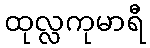
ထုလ္လကုမာရီ